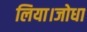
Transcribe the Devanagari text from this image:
लिया।जोधा